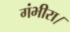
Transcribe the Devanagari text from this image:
गंभीरा।